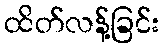
ထိတ်လန့်ခြင်း